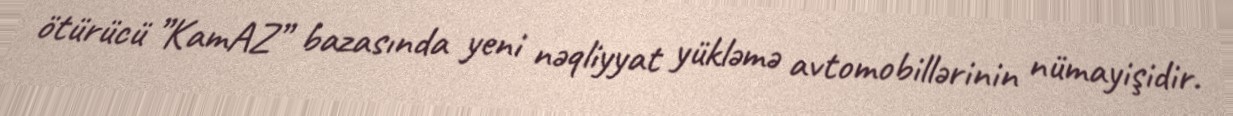
ötürücü ”KamAZ” bazasında yeni nəqliyyat yükləmə avtomobillərinin nümayişidir.